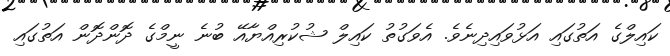
ކައިލްގެ އަތުގައި އަޅުވައިދިނެވެ. އެވަގުތު ކައިލް ޝުކުރިއްޔާއޭ ބުނެ ނީމްގެ ދޮންދޮން އަތުގައި